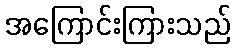
အကြောင်းကြားသည်